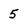
Character: 5